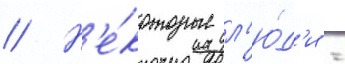
// Н'е́которые л'ю́д'и -